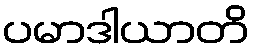
ပမာဒါယာတိ